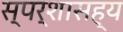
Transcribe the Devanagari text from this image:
स्पर्शासह्य